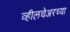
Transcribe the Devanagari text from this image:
व्हीलचेअरच्या